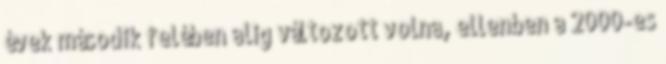
évek második felében alig változott volna, ellenben a 2000-es